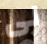
لى